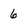
Character: 6